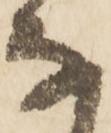
な